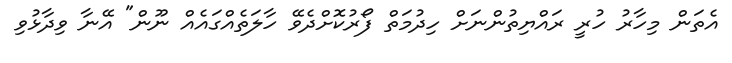
އެތަން މިހާރު ހުރީ ރައްޔިތުންނަށް ހިދުމަތް ފޯރުކޮށްދެވޭ ހާލަތެއްގައެއް ނޫން" އޭނާ ވިދާޅުވި